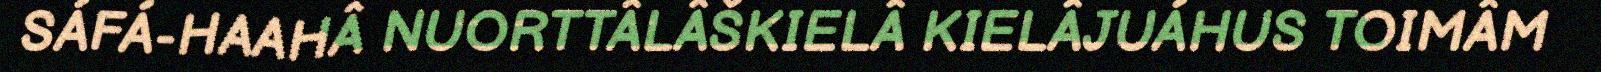
SÁFÁ-HAAHÂ NUORTTÂLÂŠKIELÂ KIELÂJUÁHUS TOIMÂM